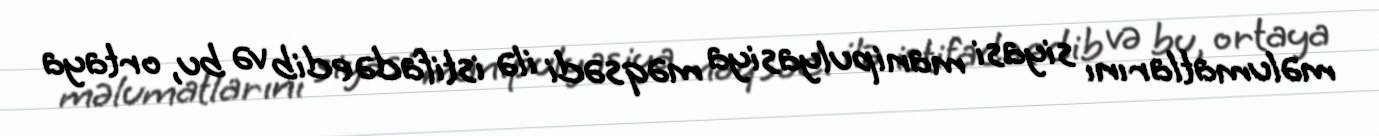
məlumatlarını siyasi manipulyasiya məqsədi ilə istifadə edib və bu, ortaya